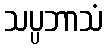
သပ္ပဘာသံ